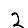
Digit: 2